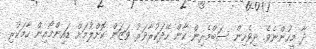
ދާ މީހުންނެވެ. ދިވެހިން ސަބްމެރިން ކާން ހޭދަކުރާވަރު ވަޒަން ކޮށްލުމަށް ޑައިންމޯއިން ހާމަކުރި